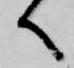
へ